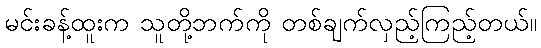
မင်းခန့်ထူးက သူတို့ဘက်ကို တစ်ချက်လှည့်ကြည့်တယ်။